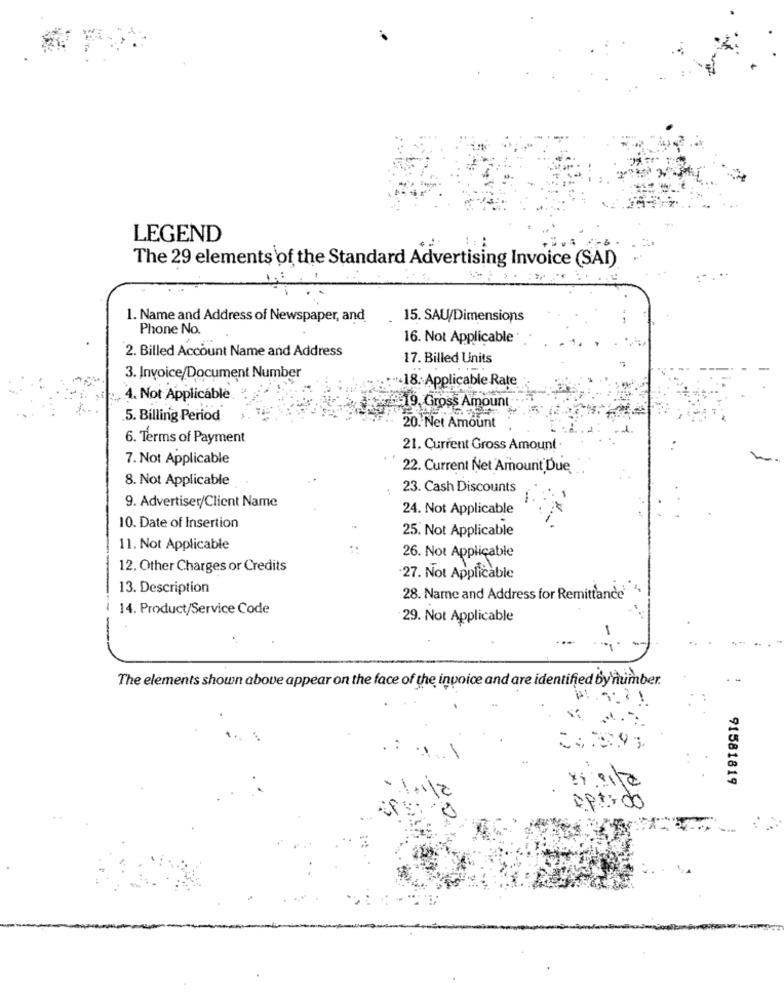
LEGEND
The 29 elements of the Standard Advertising Invoice (SAI)
1. Name and Address of Newspaper, and
15. SAU/Dimensions
Phone No.
16. Not Applicable
2. Billed Account Name and Address
17. Billed Units
3. Invoice/Document Number
.: "+ 18: Applicable Rate
4. Not Applicable
219, Gross Amount
5. Billing Period
20. Net Amount
6. Terms of Payment
21. Current Gross Amount ·
7. Not Applicable
22. Current Net Amount Due
8. Not Applicable
23. Cash Discounts
9. Advertiser/Client Name
24. Not Applicable
10. Date of Insertion
25. Not Applicable
11. Not Applicable
26. Not Applicable
12. Other Charges or Credits
-27. Not Applicable
13. Description
28. Name and Address for Remittance ",
14. Product/Service Code
29. Not Applicable
1
The elements shown above appear on the face of the invoice and are identified by'number.
1 1
91581819